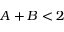
A + B < 2